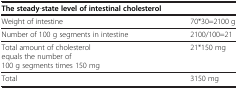
<table><thead><tr><td><b>The steady-state level of intestinal cholesterol</b></td><td><b> </b></td></tr></thead><tbody><tr><td>Weight of intestine</td><td>70*30=2100 g</td></tr><tr><td>Number of 100 g segments in intestine</td><td>2100/100=21</td></tr><tr><td>Total amount of cholesterol equals the number of 100 g segments times 150 mg</td><td>21*150 mg</td></tr><tr><td>Total</td><td>3150 mg</td></tr></tbody></table>